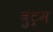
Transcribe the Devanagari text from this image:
बुट्रम